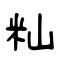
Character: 籼